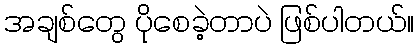
အချစ်တွေ ပိုစေခဲ့တာပဲ ဖြစ်ပါတယ်။